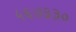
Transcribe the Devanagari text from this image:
५६७३३०